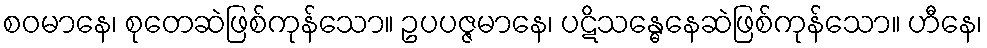
စဝမာနေ၊ စုတေဆဲဖြစ်ကုန်သော။ ဥပပဇ္ဇမာနေ၊ ပဋိသန္ဓေနေဆဲဖြစ်ကုန်သော။ ဟီနေ၊